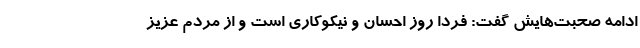
ادامه صحبت‌هایش گفت: فردا روز احسان و نیکوکاری است و از مردم عزیز